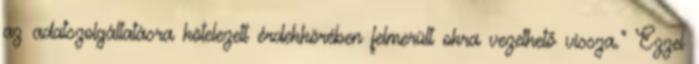
az adatszolgáltatásra kötelezett érdekkörében felmerült okra vezethető vissza.” Ezzel